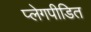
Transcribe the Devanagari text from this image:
प्लेगपीडित